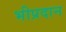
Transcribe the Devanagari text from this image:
भीप्रदान